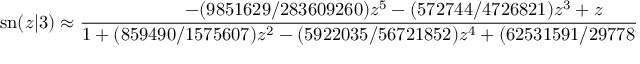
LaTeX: \mathrm { s n } ( z | 3 ) \approx { \frac { - ( 9 8 5 1 6 2 9 / 2 8 3 6 0 9 2 6 0 ) z ^ { 5 } - ( 5 7 2 7 4 4 / 4 7 2 6 8 2 1 ) z ^ { 3 } + z } { 1 + ( 8 5 9 4 9 0 / 1 5 7 5 6 0 7 ) z ^ { 2 } - ( 5 9 2 2 0 3 5 / 5 6 7 2 1 8 5 2 ) z ^ { 4 } + ( 6 2 5 3 1 5 9 1 / 2 9 7 7 8 9 7 2 3 0 ) z ^ { 6 } } }